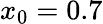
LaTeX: x_{0}=0.7